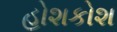
હોશકોશ